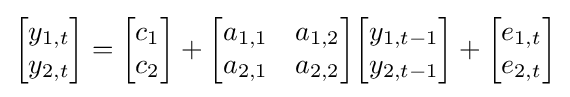
{\begin{bmatrix}y_{1,t}\\y_{2,t}\end{bmatrix}}={\begin{bmatrix}c_{1}\\c_{2}\end{bmatrix}}+{\begin{bmatrix}a_{1,1}&a_{1,2}\\a_{2,1}&a_{2,2}\end{bmatrix}}{\begin{bmatrix}y_{1,t-1}\\y_{2,t-1}\end{bmatrix}}+{\begin{bmatrix}e_{1,t}\\e_{2,t}\end{bmatrix}}